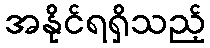
အနိုင်ရရှိသည့်